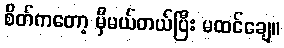
စိတ်ကတော့ မှီမယ်တယ်ပြီး မထင်ချေ။